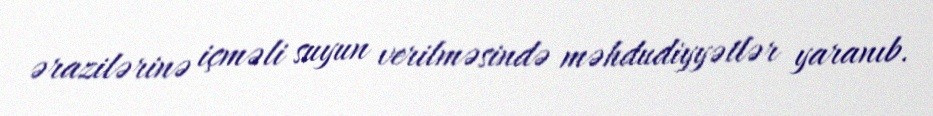
ərazilərinə içməli suyun verilməsində məhdudiyyətlər yaranıb.